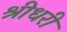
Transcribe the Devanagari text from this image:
श्रीधरी